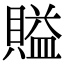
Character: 賹